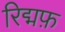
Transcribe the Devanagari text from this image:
रिद्मफ़